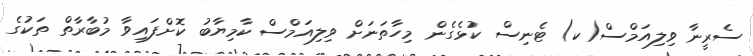
ސެރީނާ ވިލިއަމްސް(ކ) ޓެނިސް ކުޅެގެން މިހާތަނަށް ވިލިއަމްސް ކާމިޔާބު ކޮށްފައިވާ މުބާރާތް ތަކުގެ